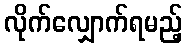
လိုက်လျှောက်ရမည့်